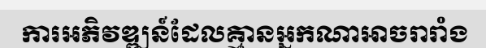
ការអភិវឌ្ឍន៍ដែលគ្មានអ្នកណាអាចរារាំង